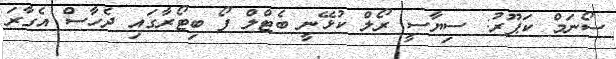
ސޯނަމް ކަޕޫރު: ސިޔާސީ ރޯލް ކުޅޭނީ ބެޓްލް ފޯ ބިޓޯރާގައި ދެހާސް އެގާރަ